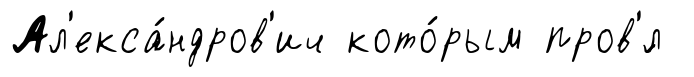
Ал'екса́ндров'ич кото́рым пров'́л